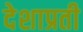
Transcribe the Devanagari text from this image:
देशाप्रती